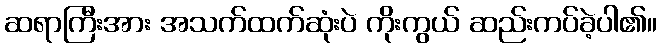
ဆရာကြီးအား အသက်ထက်ဆုံးပဲ ကိုးကွယ် ဆည်းကပ်ခဲ့ပါ၏။